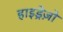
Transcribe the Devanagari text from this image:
हाइड्रेज़ो